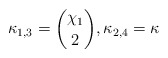
\begin{align*}\kappa_{1,3}={\chi_1 \choose 2}, \kappa_{2,4} =\kappa\end{align*}